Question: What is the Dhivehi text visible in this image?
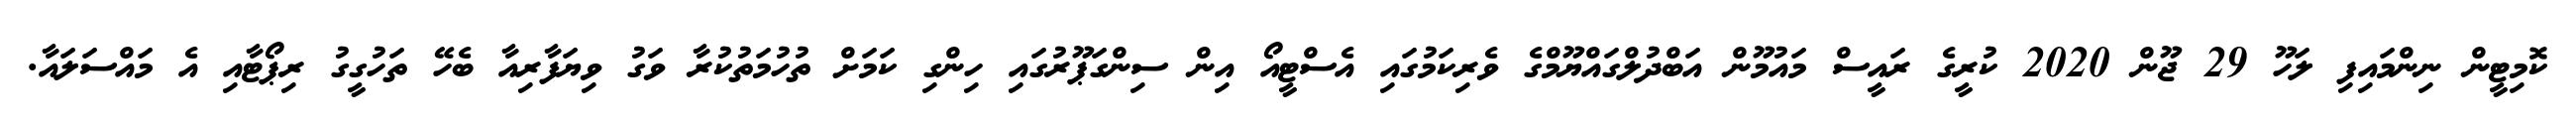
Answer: ކޮމިޓީން ނިންމައިފި ލަހޫ 29 ޖޫން 2020 ކުރީގެ ރައީސް މައުމޫން އަބްދުލްގައްޔޫމްގެ ވެރިކަމުގައި އެސްޓީއޯ އިން ސިންގަޕޫރުގައި ހިންގި ކަމަށް ތުހުމަތުކުރާ ވަގު ވިޔަފާރިއާ ބެހޭ ތަހުގީގު ރިޕޯޓާއި އެ މައްސަލައާ.